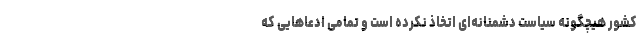
کشور هیچگونه سیاست دشمنانه‌ای اتخاذ نکرده است و تمامی ادعاهایی که